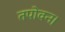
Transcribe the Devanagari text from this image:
तपोवन।